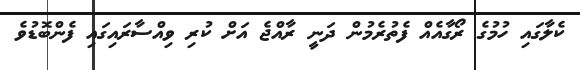
ކެލާގައި ހުމުގެ ރޯގާއެއް ފެތުރެމުން ދަނީ ރާއްޖެ އަށް ކުރި ވިއްސާރައިގައި ފެންބޮޑުވެ